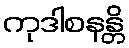
ကုဒါစနန္တိ